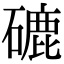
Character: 䃙